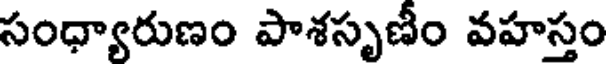
సంధ్యారుణం పాశసృణీం వహస్తం